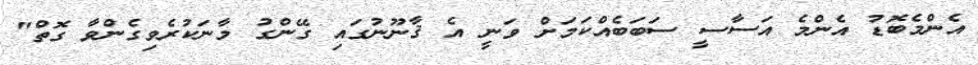
އެންމެބޮޑު އެންމެ އަސާސީ ސަބަބެއްކަމަށް ވަނީ އެ ޤާނޫނުގައި ގޭންގު މާނަކުރެވިގެންވާ ގޮތް"